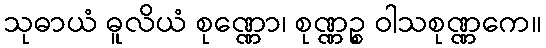
သုဓာယံ ဓူလိယံ စုဏ္ဏော၊ စုဏ္ဏဉ္စ ဝါသစုဏ္ဏကေ။